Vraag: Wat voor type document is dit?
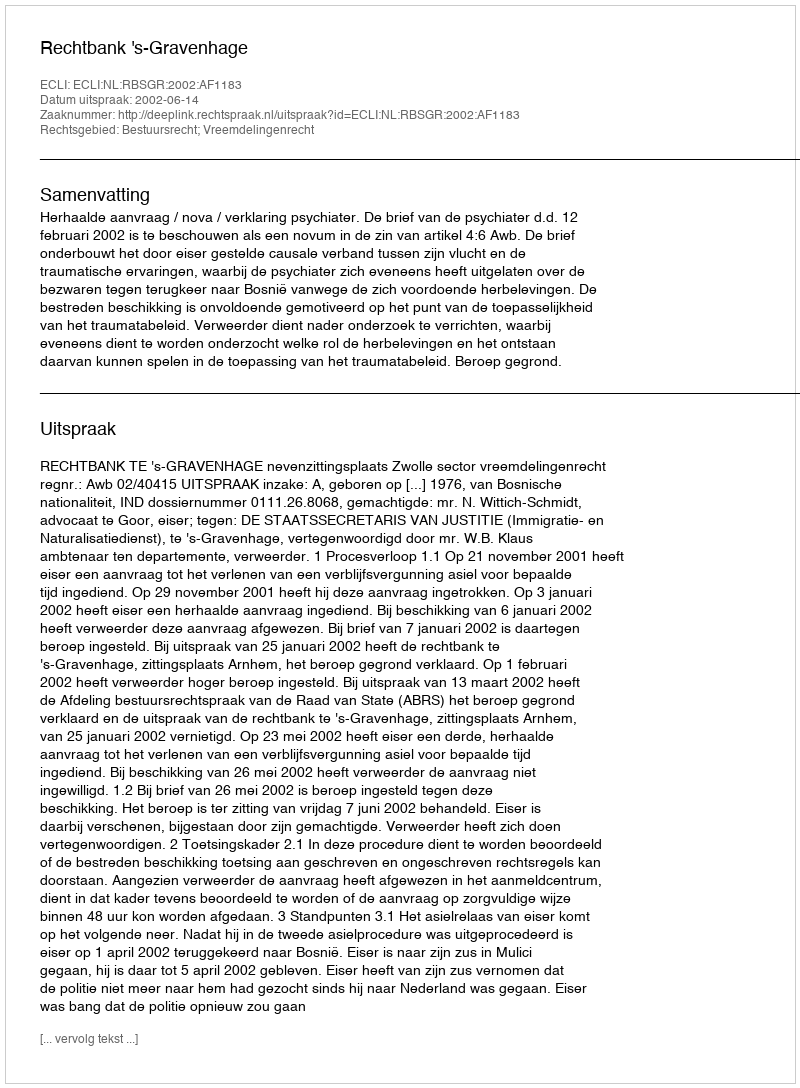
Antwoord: Uitspraak